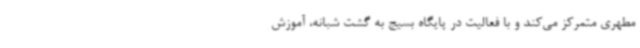
مطهری متمرکز می‌کند و با فعالیت در پایگاه بسیج به گشت شبانه، آموزش